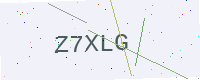
Text: Z7XLG